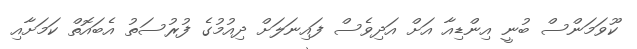
ކޫވަމަންސް ބުނީ އިންޑިއާ އަށް އަދިވެސް ފައިނަލަށް ދިއުމުގެ ފުރުސަތު އެބައޮތް ކަމަށާއި